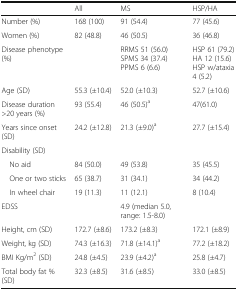
<table><thead><tr><td></td><td><b>All</b></td><td><b>MS</b></td><td><b>HSP/HA</b></td></tr></thead><tbody><tr><td>Number (%)</td><td>168 (100)</td><td>91 (54.4)</td><td>77 (45.6)</td></tr><tr><td>Women (%)</td><td>82 (48.8)</td><td>46 (50.5)</td><td>36 (46.8)</td></tr><tr><td>Disease phenotype (%)</td><td></td><td>RRMS 51 (56.0)SPMS 34 (37.4)PPMS 6 (6.6)</td><td>HSP 61 (79.2)HA 12 (15.6)HSP w/ataxia 4 (5.2)</td></tr><tr><td>Age (SD)</td><td>55.3 (±10.4)</td><td>52.0 (±10.3)</td><td>52.7 (±10.6)</td></tr><tr><td>Disease duration &gt;20 years (%)</td><td>93 (55.4)</td><td>46 (50.5)<sup>a</sup></td><td>47(61.0)</td></tr><tr><td>Years since onset (SD)</td><td>24.2 (±12.8)</td><td>21.3 (±9.0)<sup>a</sup></td><td>27.7 (±15.4)</td></tr><tr><td colspan="4">Disability (SD)</td></tr><tr><td> No aid</td><td>84 (50.0)</td><td>49 (53.8)</td><td>35 (45.5)</td></tr><tr><td> One or two sticks</td><td>65 (38.7)</td><td>31 (34.1)</td><td>34 (44.2)</td></tr><tr><td> In wheel chair</td><td>19 (11.3)</td><td>11 (12.1)</td><td>8 (10.4)</td></tr><tr><td>EDSS</td><td></td><td>4.9 (median 5.0, range: 1.5-8.0)</td><td></td></tr><tr><td>Height, cm (SD)</td><td>172.7 (±8.6)</td><td>173.2 (±8.3)</td><td>172.1 (±8.9)</td></tr><tr><td>Weight, kg (SD)</td><td>74.3 (±16.3)</td><td>71.8 (±14.1)<sup>a</sup></td><td>77.2 (±18.2)</td></tr><tr><td>BMI Kg/m<sup>2</sup> (SD)</td><td>24.8 (±4.5)</td><td>23.9 (±4.2)<sup>a</sup></td><td>25.8 (±4.7)</td></tr><tr><td>Total body fat % (SD)</td><td>32.3 (±8.5)</td><td>31.6 (±8.5)</td><td>33.0 (±8.5)</td></tr></tbody></table>